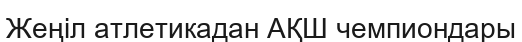
Жеңіл атлетикадан АҚШ чемпиондары